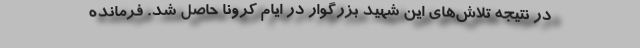
در نتیجه تلاش‌های این شهید بزرگوار در ایام کرونا حاصل شد. فرمانده